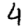
Digit: 4